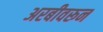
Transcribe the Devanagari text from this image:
अरबीवरून